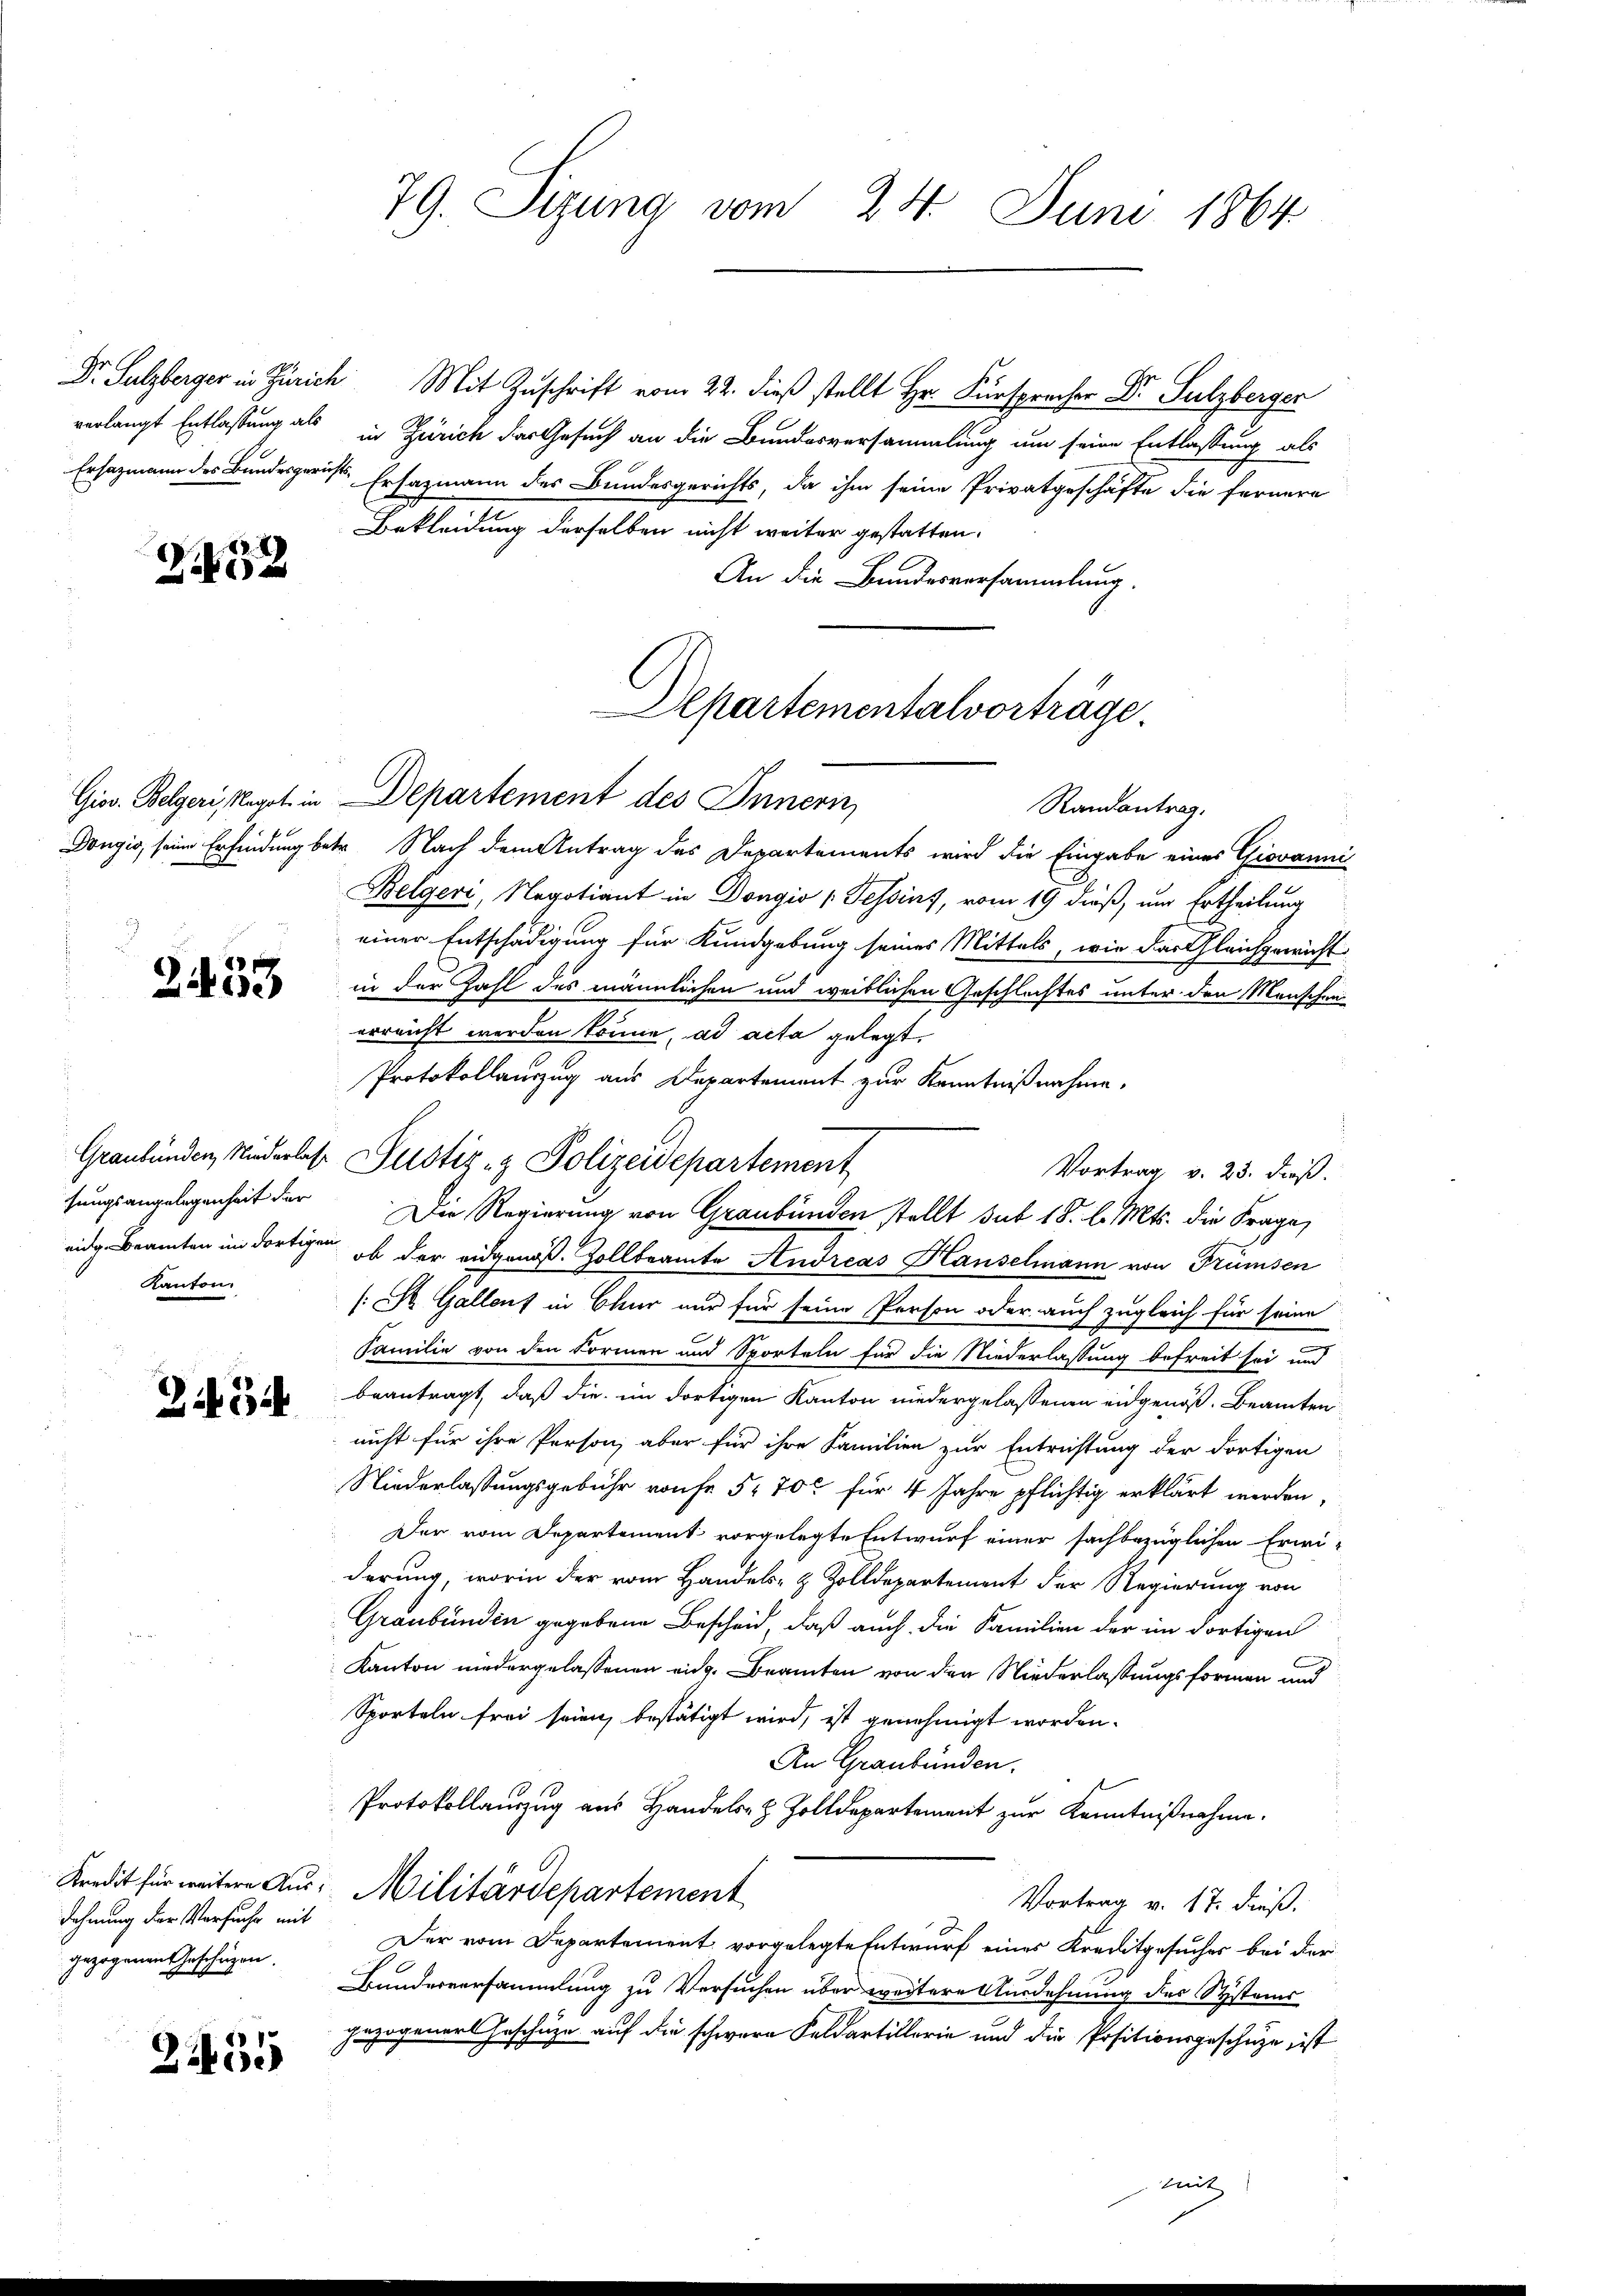
verlangt Entlassung als

2

4
Zibere

Kanton

2454

dehnung der Versuche mit
gezogenen Geschügen.

22435

79. Sizung vom 24. Juni 1864

Dr. Sulzberger in Zürich Mit Zuschrift vom 22. dieß stellt Hr. Fürsprecher Dr. Sulzberger
in Zürich der Gesuch an die Bundesversammlung um seine Entlassung als
Ersazmann des Bundesgerichts Ersazmann des Bundesgerichts, da ihm seine Privatgeschäfte die fernere
Bekleidung derselben nicht weiter gestatten.
An die Bundesversammlung.

Graubünden, Niederlas Justiz- & Polizeidepartement

Alpartementalvorträge.

Giov. Belgeri, Negot in Departement des Innern
Randantrag.
Dongio, seine Erfindung betr. Nach dem Antrag des Departements wird die Eingabe eines Giovanni
Belgeri, Negotiant in Dongio (Tessins, vom 19 dieß, um Ertheilung
einer Entschädigung für Kundgebung seines Mittels, wie das Gleichgewicht
in der Zahl des männlichen und weiblichen Geschlechtes unter den Menschen
erreicht werden könne, ad acta gelegt.
Protokollauszug aus Departement zur Kenntnißnahme.
Vortrag v. 23. dieß.
sungsangelegenheit der Die Regierung von Graubünden stellt sub 18. l. Mts. die Frage,
eidg. Beamten im dortigen, ob der eidgenoß. Zollbeamte Andreas Hauselmann von Frümsen
(St. Gallent in Chur nur für seine Person oder auch zugleich für seine
Familie von den Formen und Sporteln für die Niederlassung befreit sei und
beantragt, daß die im dortigen Kanton niedergelassenen eidgenöß. Beamten
nicht für ihre Person, aber für ihre Familien zur Entrichtung der dortigen
Niederlassungsgebühr von fr 5. 700 für 4 Jahre pflichtig erklärt werden,
Der vom Departement vorgelegte Entwurf einer sachbezüglichen Erwi-
derung, worin der vom Handels- & Zolldepartement der Regierung von
Graubünden gegebene Bescheid, daß auch die Familien der im dortigen
Kanton niedergelassenen eidg. Beamten von den Niederlassungsformen und
Sporteln frei seien bestätigt wird, ist genehmigt worden.
An Graubünden.
Protokollauszug aus Handels- & Zolldepartement zur Kenntnißnahme.
Kredit für weitere Aus Militärdepartement
Vortrag v. 17. dieß.
Der vom Departement vorgelegte Entwurf eines Kreditgesucher bei der
Bundesversammlung zu Versuchen über weitere Ausdehnung des Systems
gezogeners Geschüze auf die schwere Feldartillerie und die Positionsgeschütze ist
mitz